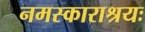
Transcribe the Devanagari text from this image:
नमस्काराश्रयः